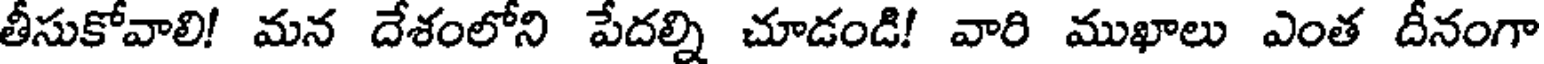
తీసుకోవాలి! మన దేశంలోని పేదల్ని చూడండి! వారి ముఖాలు ఎంత దీనంగా